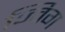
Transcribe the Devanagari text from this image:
ज्विग